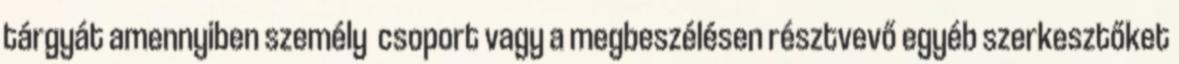
tárgyát amennyiben személy csoport vagy a megbeszélésen résztvevő egyéb szerkesztőket